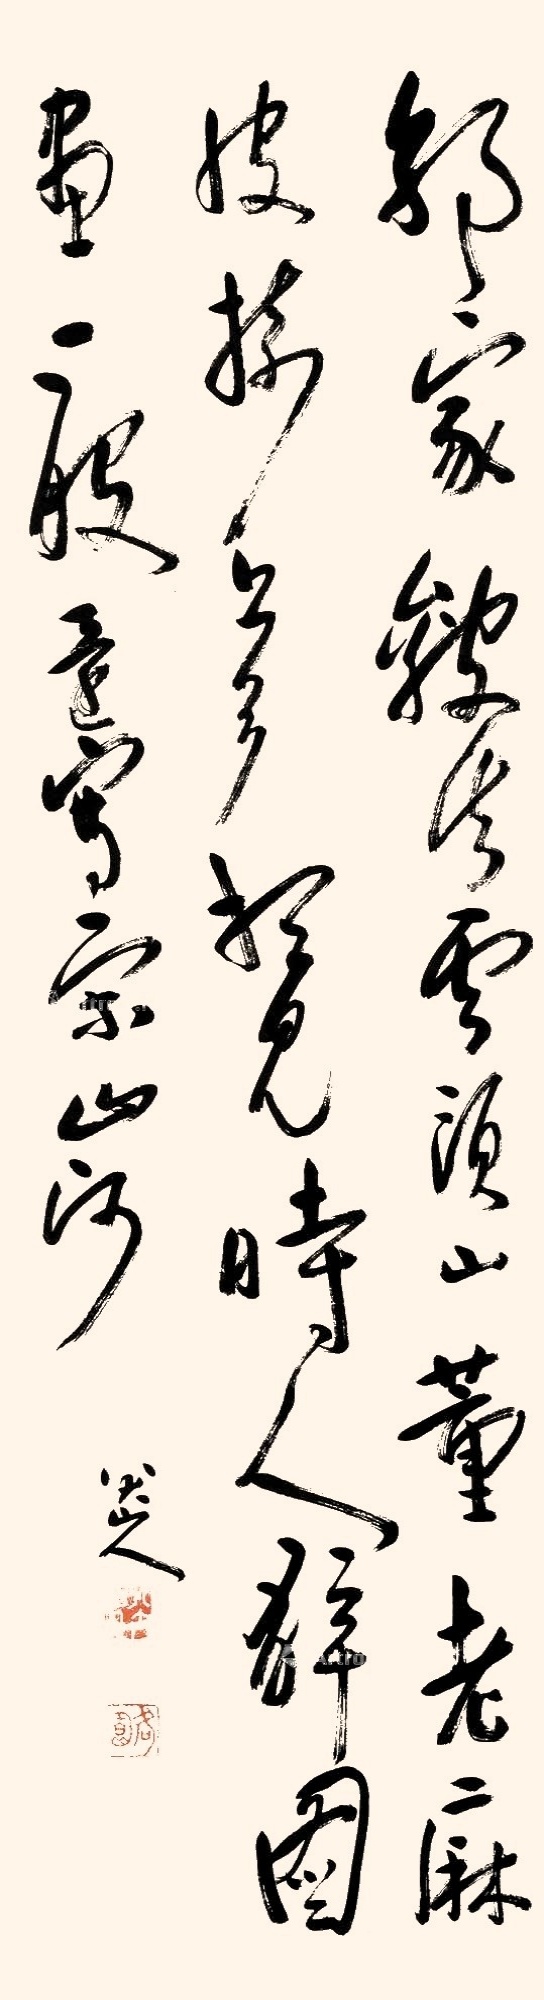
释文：郭家皴法云头小，董老麻皮树上多。想见时人解图画，一般还写宋山河。